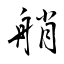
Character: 艄